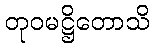
တုဝမဋ္ဌိတောသိ